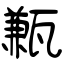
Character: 甉